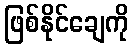
ဖြစ်နိုင်ချေကို